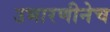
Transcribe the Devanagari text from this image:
उभारणीनेच